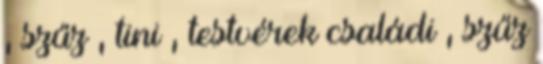
, szűz , tini , testvérek családi , szűz